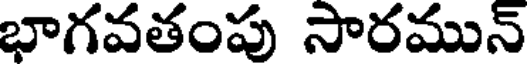
భాగవతంపు సారమున్